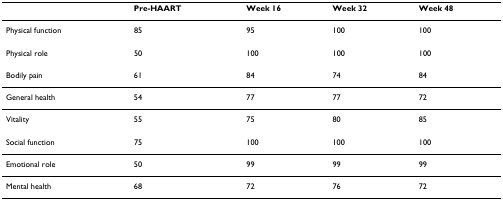
<table><thead><tr><td></td><td><b>Pre-HAART</b></td><td><b>Week 16</b></td><td><b>Week 32</b></td><td><b>Week 48</b></td></tr></thead><tbody><tr><td>Physical function</td><td>85</td><td>95</td><td>100</td><td>100</td></tr><tr><td>Physical role</td><td>50</td><td>100</td><td>100</td><td>100</td></tr><tr><td>Bodily pain</td><td>61</td><td>84</td><td>74</td><td>84</td></tr><tr><td>General health</td><td>54</td><td>77</td><td>77</td><td>72</td></tr><tr><td>Vitality</td><td>55</td><td>75</td><td>80</td><td>85</td></tr><tr><td>Social function</td><td>75</td><td>100</td><td>100</td><td>100</td></tr><tr><td>Emotional role</td><td>50</td><td>99</td><td>99</td><td>99</td></tr><tr><td>Mental health</td><td>68</td><td>72</td><td>76</td><td>72</td></tr></tbody></table>